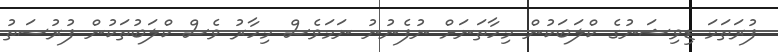
ފުރަތަމަ ޑިވިޝަނުގެ ކްލަބަކުން މިހާތަނަށް ނުފެނުނު ނަމަވެސް މިހާރު ވެސް ކްލަބުތަކުން ފުރުސަތު